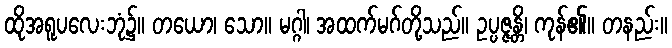
ထိုအရူပလေးဘုံ၌။ တယော၊ သော။ မဂ္ဂါ၊ အထက်မဂ်တို့သည်။ ဥပ္ပဇ္ဇန္တိ၊ ကုန်၏။ တနည်း။